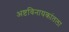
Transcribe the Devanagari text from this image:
अष्टविनायकांतला